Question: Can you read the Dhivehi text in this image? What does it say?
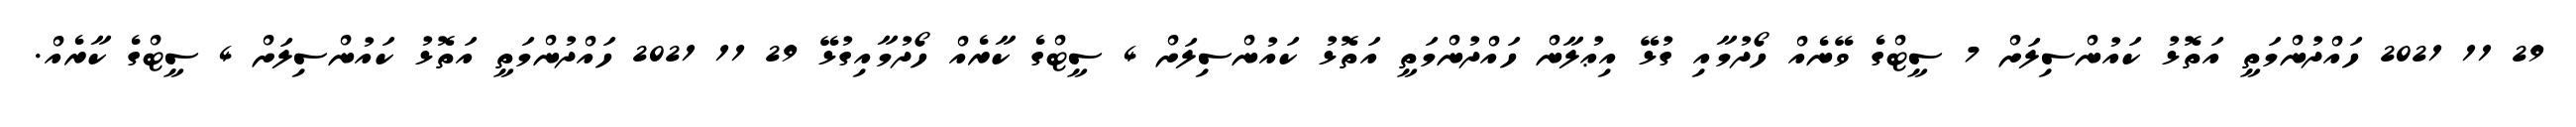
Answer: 29 11 2021 ހައްދުންމަތީ އަތޮޅު ކައުންސިލަށް 7 ސީޓްގެ ވޭނެއް ހޯދުމާއި ގުޅޭ އިޢުލާން ހައްދުންމަތީ އަތޮޅު ކައުންސިލަށް 4 ސީޓްގެ ކާރެއް ހޯދުމާއިގުޅޭ 29 11 2021 ހައްދުންމަތީ އަތޮޅު ކައުންސިލަށް 4 ސީޓްގެ ކާރެއް.